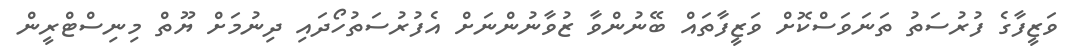
ވަޒީފާގެ ފުރުސަތު ތަނަވަސްކޮށް ވަޒީފާތައް ބޭނުންވާ ޒުވާނުންނަށް އެފުރުސަތުހޯދައި ދިނުމަށް ޔޫތް މިނިސްޓްރީން